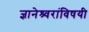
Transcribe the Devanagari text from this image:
ज्ञानेश्र्वरांविषयी